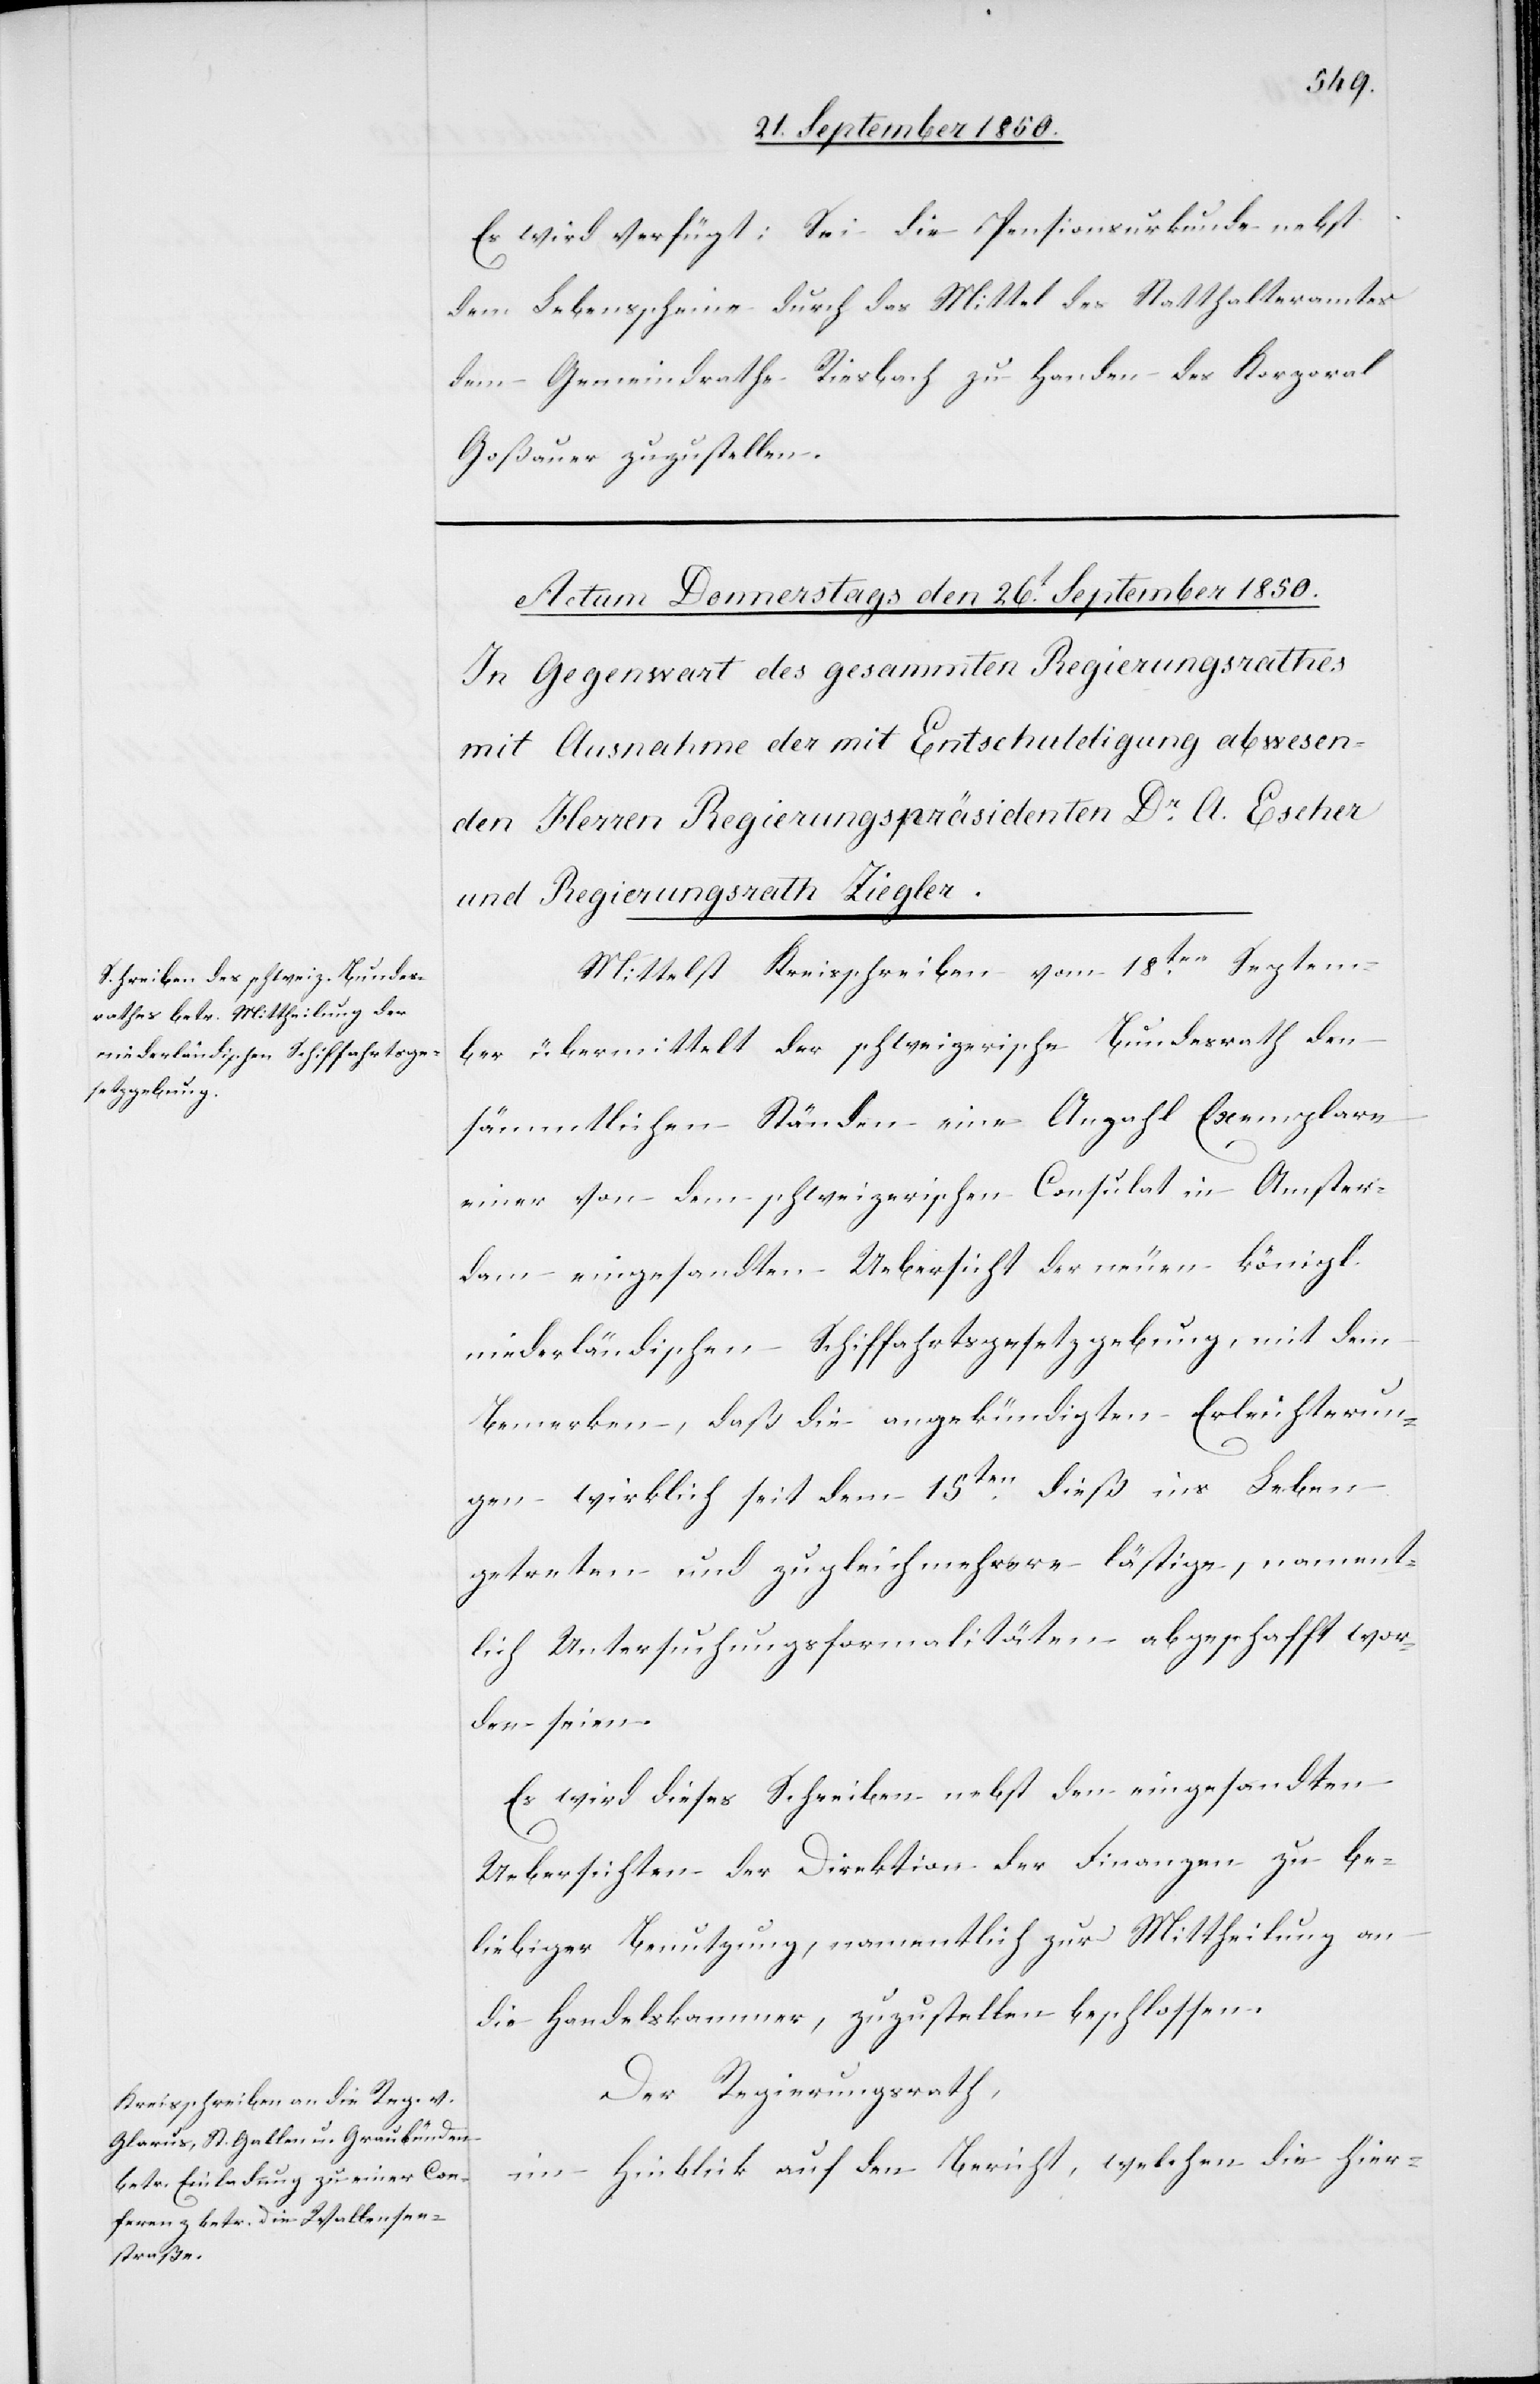
Es wird verfügt: Sei die Pensionsurkunde nebst
dem Lebensscheine durch das Mittel des Statthalteramtes
dem Gemeindrathe Riesbach zu Handen des Korporal
Goßauer zuzustellen.
Mittelst Kreisschreiben vom 18ten Septem¬
ber übermittelt der schweizerische Bundesrath den
sämmtlichen Ständen eine Anzahl Exemplare
einer von dem schweizerischen Consulat in Amster¬
dam eingesandten Uebersicht der neuen königl.
niederländischen Schiffahrtsgesetzgebung, mit dem
Bemerken, daß die angekündigten Erleichterun¬
gen wirklich seit dem 15ten dieß ins Leben
getreten und zugleich mehrere lästige, nament¬
lich Untersuchungsformalitäten abgeschafft wor¬
den seien.
Es wird dieses Schreiben nebst den eingesandten
Uebersichten der Direktion der Finanzen zu be¬
liebiger Benutzung, namentlich zur Mittheilung an
die Handelskammer, zuzustellen beschlossen.
Der Regierungsrath,
im Hinblick auf den Bericht, welchen die hier-